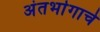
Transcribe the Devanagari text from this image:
अंतर्भागाचे